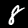
Label: 8